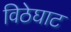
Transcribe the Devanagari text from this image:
विठेघाट